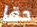
حقا